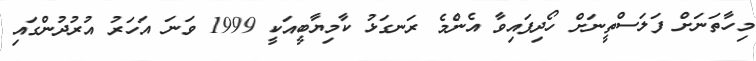
މިހާތަނަށް ފަލަސްތީނަށް ހޯދިފައިވާ އެންމެ ރަނގަޅު ކާމިޔާބީއަކީ 1999 ވަނަ އަހަރު އުރުދުންގައި